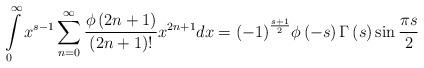
LaTeX: \begin{align*}\int\limits_0^\infty {{x^{s - 1}}\sum\limits_{n = 0}^\infty {\frac{{\phi \left( {2n + 1} \right)}}{{\left( {2n + 1} \right)!}}{x^{2n + 1}}dx = {{\left( { - 1} \right)}^{\frac{{s + 1}}{2}}}} } \phi \left( { - s} \right)\Gamma \left( s \right)\sin \frac{{\pi s}}{2} \end{align*}